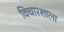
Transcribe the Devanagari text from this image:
विचारशाला